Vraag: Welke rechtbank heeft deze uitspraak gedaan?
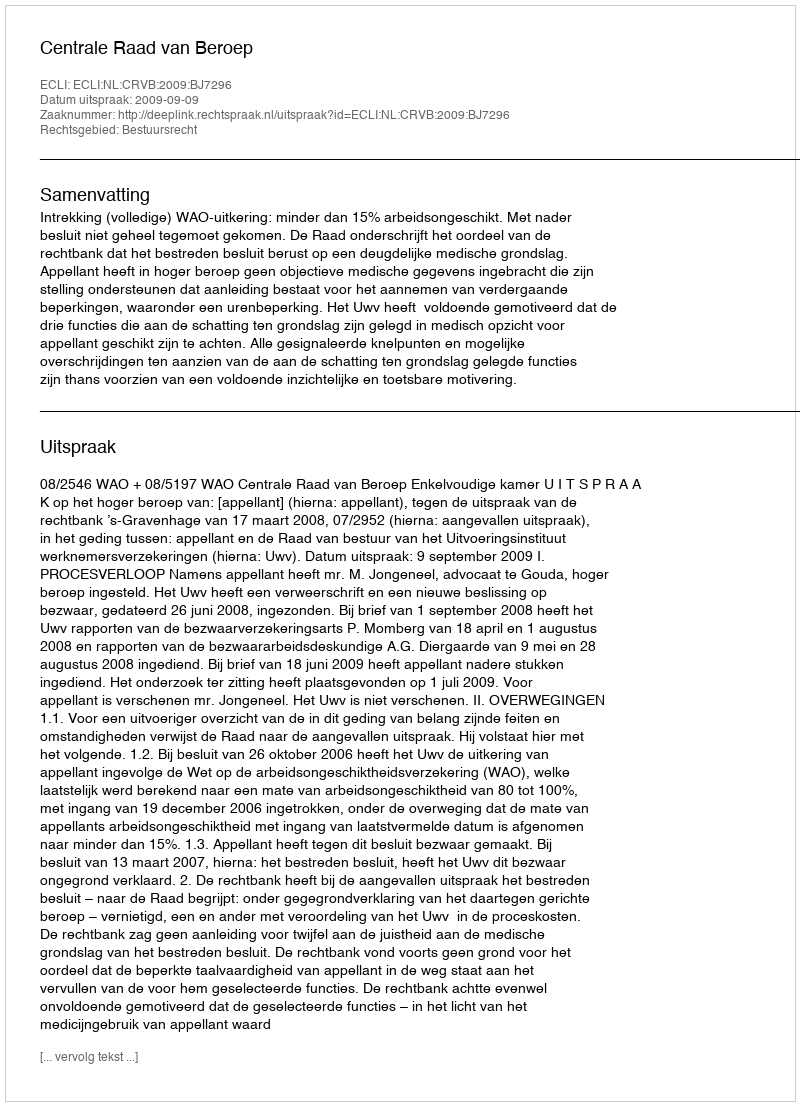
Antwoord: Centrale Raad van Beroep